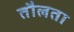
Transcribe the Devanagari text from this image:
तौलता